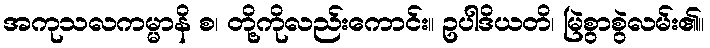
အကုသလကမ္မာနိ စ၊ တို့ကိုလည်းကောင်း။ ဥပါဒိယတိ၊ မြဲစွာစွဲလမ်း၏။